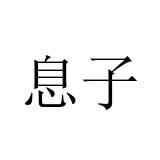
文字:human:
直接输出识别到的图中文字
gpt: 息子